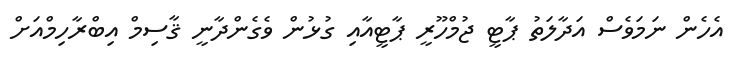
އެހެން ނަމަވެސް އަދާލަތު ޕާޓީ ޖުމްހޫރީ ޕާޓީއާއި ގުޅުން ވެގެންދާނީ ޤާސިމް އިބްރާހިމްއަށް